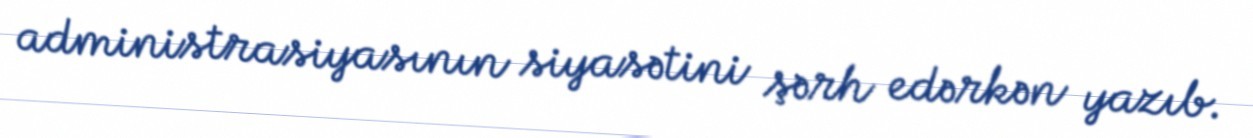
administrasiyasının siyasətini şərh edərkən yazıb.